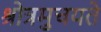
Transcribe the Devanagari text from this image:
श्रोत्रमुचयते